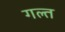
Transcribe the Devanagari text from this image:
गल्त